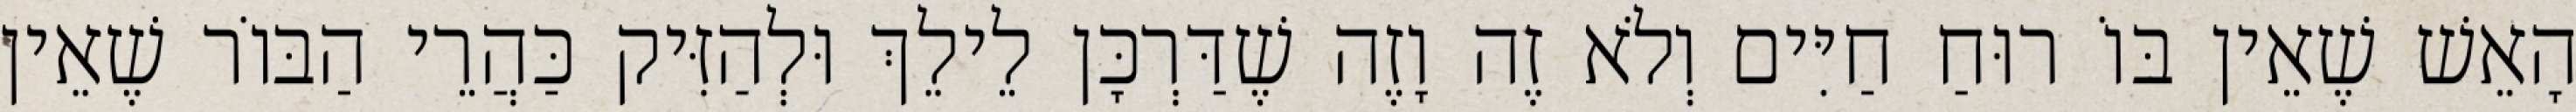
הָאֵשׁ שֶׁאֵין בּוֹ רוּחַ חַיִּים וְלֹא זֶה וָזֶה שֶׁדַּרְכָּן לֵילֵךְ וּלְהַזִּיק כַּהֲרֵי הַבּוֹר שֶׁאֵין